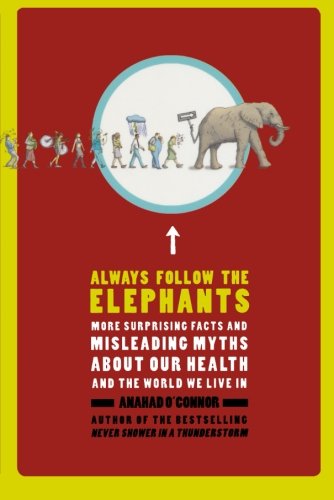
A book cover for Always Follow the Elephants: More Surprising Facts and Misleading Myths about Our Health and the World We Live In; Anahad O'Connor; Health, Fitness & Dieting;